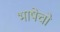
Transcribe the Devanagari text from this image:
भाषेचो